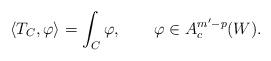
LaTeX: \begin{align*}\langle T_C,\varphi\rangle=\int_C\varphi,\qquad\varphi\in A_c^{m'-p}(W).\end{align*}